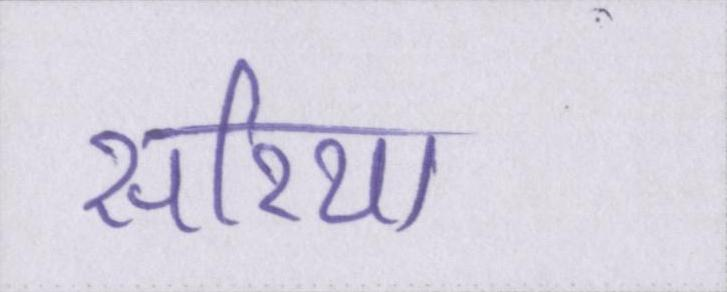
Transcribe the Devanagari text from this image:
सरिया